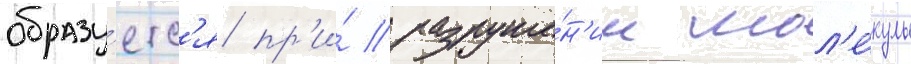
образу́етс'я пр'и́ разруше́н'ии мол'е́кулы